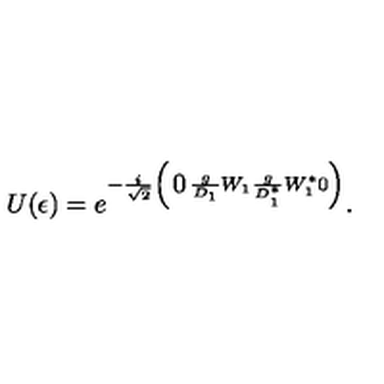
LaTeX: U ( \epsilon ) = e ^ { - { \frac { i } { \sqrt { 2 } } \left( \begin{matrix} { 0 } & { \frac { g } { D _ { 1 } } W _ { 1 } } \\ { \frac { g } { D _ { 1 } ^ { * } } W _ { 1 } ^ { * } } & { 0 } \\ \end{matrix} \right) } } .